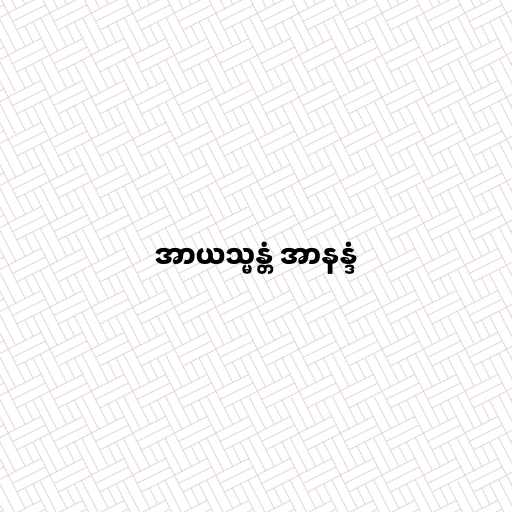
အာယသ္မန္တံ အာနန္ဒံ